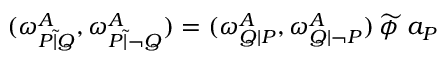
( \omega _ { P { \tilde { | } } Q } ^ { A } , \omega _ { P { \tilde { | } } \lnot Q } ^ { A } ) = ( \omega _ { Q | P } ^ { A } , \omega _ { Q | \lnot P } ^ { A } ) \, { \widetilde { \phi \, } } \, a _ { P }